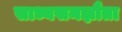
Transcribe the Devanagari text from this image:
साध्यसमझौता